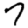
Digit: 7